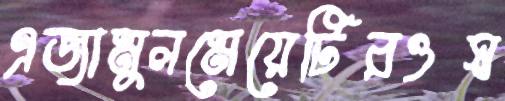
এজামুলমেয়েটিরওস্ব